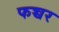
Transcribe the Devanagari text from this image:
फच्चर